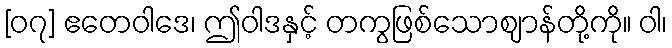
[၀၇] ဧတေဝါဒေ၊ ဤဝါဒနှင့် တကွဖြစ်သောဈာန်တို့ကို။ ဝါ၊